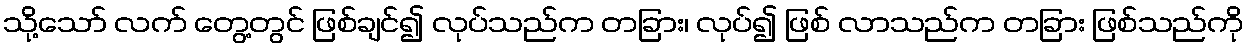
သို့သော် လက် တွေ့တွင် ဖြစ်ချင်၍ လုပ်သည်က တခြား၊ လုပ်၍ ဖြစ် လာသည်က တခြား ဖြစ်သည်ကို